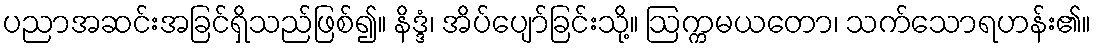
ပညာအဆင်းအခြင်ရှိသည်ဖြစ်၍။ နိဒ္ဒံ၊ အိပ်ပျော်ခြင်းသို့။ ဩက္ကမယတော၊ သက်သောရဟန်း၏။